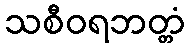
သစီဝရဘတ္တံ